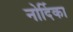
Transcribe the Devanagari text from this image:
नोर्दिका